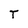
Character: T